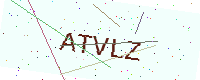
Text: ATVLZ